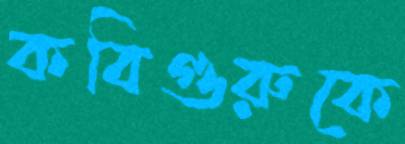
কবিগুরুকে